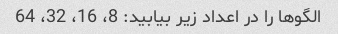
الگوها را در اعداد زیر بیابید: 8، 16، 32، 64